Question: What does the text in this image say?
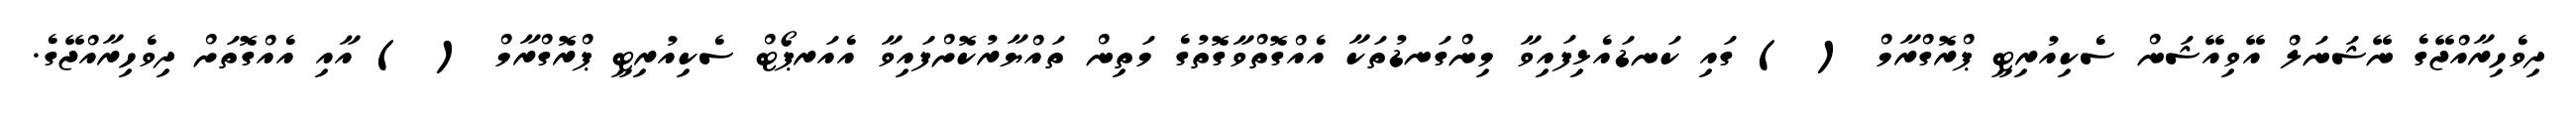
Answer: ދިވެހިރާއްޖޭގެ ނޭޝަނަލް އޭވިއޭޝަން ސެކިއުރިޓީ ޕްރޮގްރާމް ( ) ގައި ކަނޑައެޅިފައިވާ މިންގަނޑުތަކާ އެއްގޮތްވާގޮތުގެ މަތިން ތައްޔާރުކޮށްފައިވާ އެއަރޕޯޓް ސެކިއުރިޓީ ޕްރޮގްރާމް ( ) އާއި އެއްގޮތަށް ދިވެހިރާއްޖޭގެ.